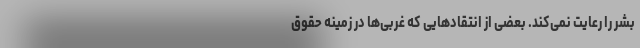
بشر را رعایت نمی‌کند. بعضی از انتقادهایی که غربی‌ها در زمینه حقوق